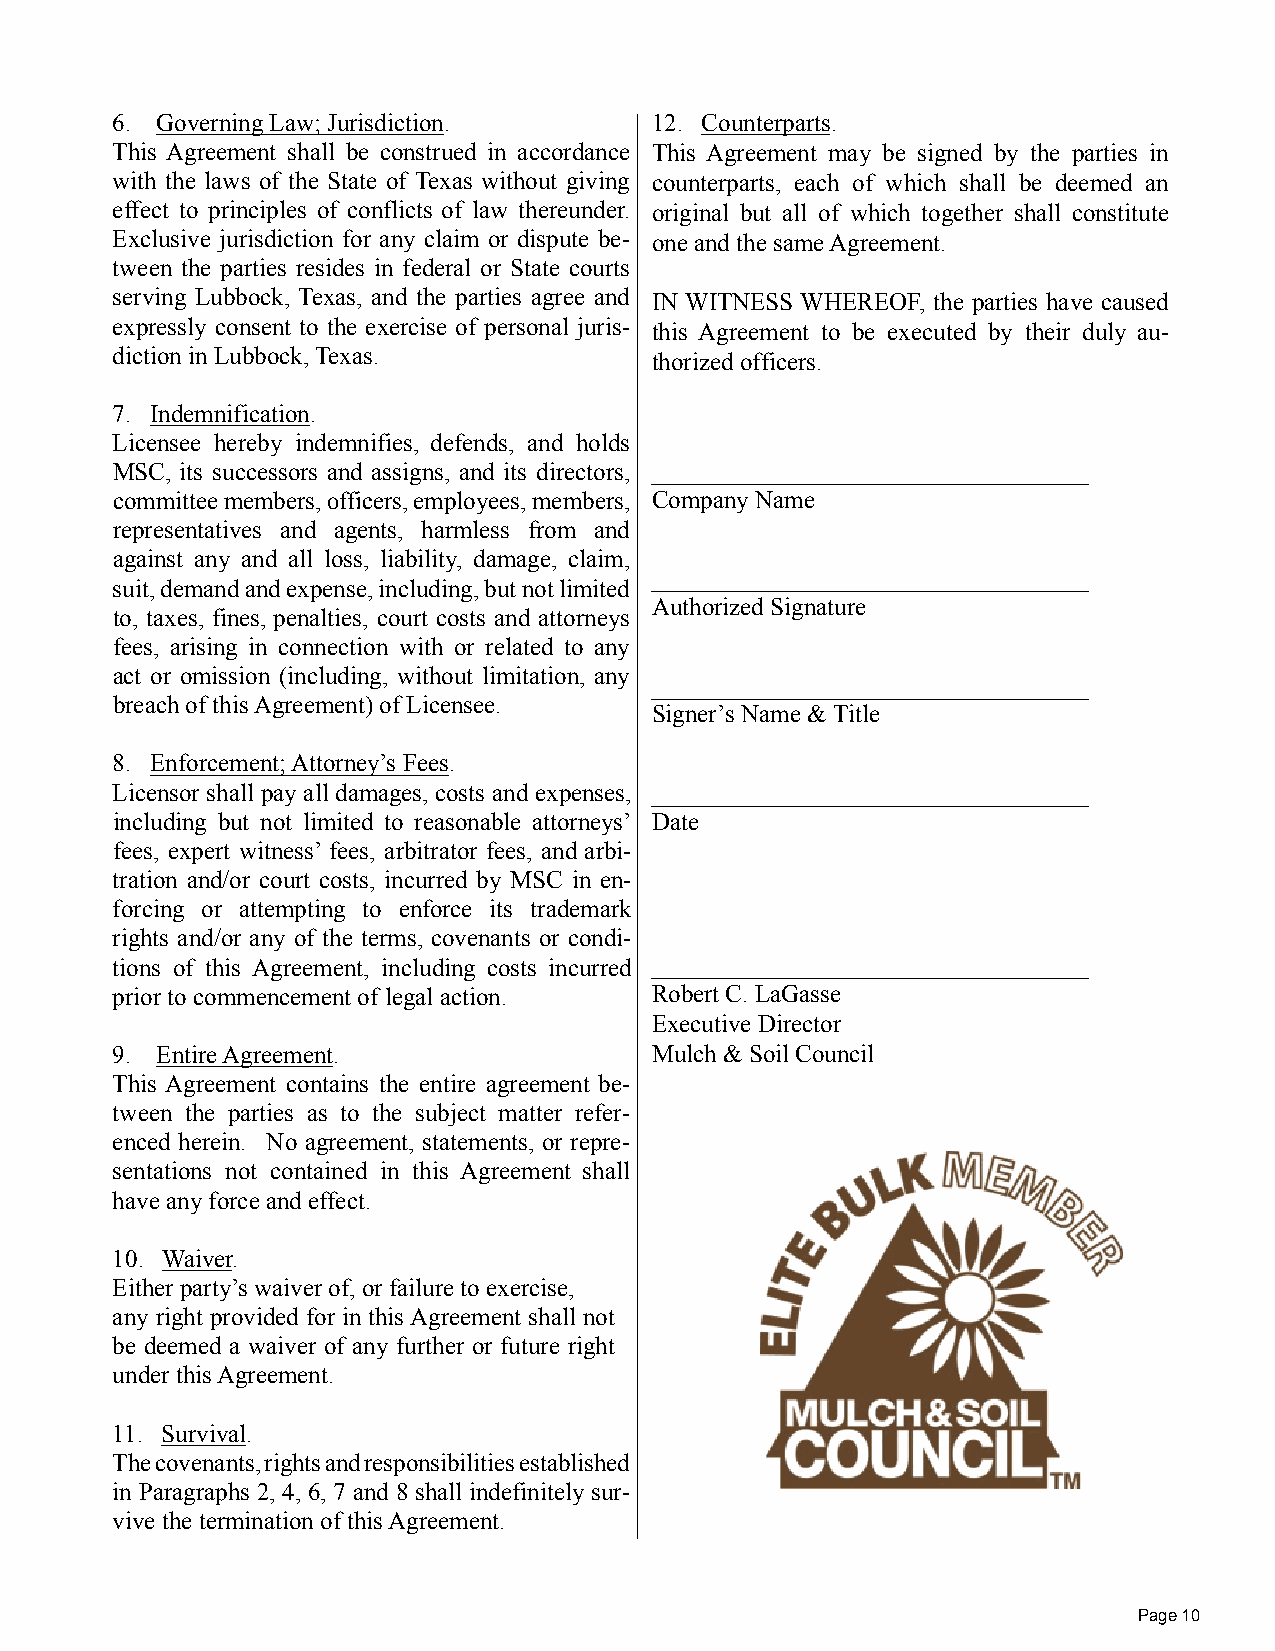
6. Governing Law; Jurisdiction.     12. Counterparts.
 This Agreement shall be construed in accordance This Agreement may be signed by the parties in
 with the laws of the State of Texas without giving counterparts, each of which shall be deemed an
 effect to principles of conflicts of law thereunder. original but all of which together shall constitute
 Exclusive jurisdiction for any claim or dispute be- one and the same Agreement.
 tween the parties resides in federal or State courts
 serving Lubbock, Texas, and the parties agree and IN WITNESS WHEREOF, the parties have caused
 expressly consent to the exercise of personal juris- this Agreement to be executed by their duly au-
 diction in Lubbock, Texas.
 thorized officers.
 7. Indemnification.
 Licensee hereby indemnifies, defends, and holds
 MSC, its successors and assigns, and its directors,
 committee members, officers, employees, members, Company Name
 representatives and agents, harmless from and
 against any and all loss, liability, damage, claim,
 suit, demand and expense, including, but not limited
 Authorized Signature
 to, taxes, fines, penalties, court costs and attorneys
 fees, arising in connection with or related to any
 act or omission (including, without limitation, any
 breach of this Agreement) of Licensee.
 Signer’s Name & Title
 8. Enforcement; Attorney’s Fees.
 Licensor shall pay all damages, costs and expenses,
 including but not limited to reasonable attorneys’ Date
 fees, expert witness’ fees, arbitrator fees, and arbi-
 tration and/or court costs, incurred by MSC in en-
 forcing or attempting to enforce its trademark
 rights and/or any of the terms, covenants or condi-
 tions of this Agreement, including costs incurred
 prior to commencement of legal action. Robert C. LaGasse
 Executive Director
 9. Entire Agreement.                Mulch & Soil Council
 This Agreement contains the entire agreement be-
 tween the parties as to the subject matter refer-
 enced herein. No agreement, statements, or repre-
 sentations not contained in this Agreement shall
 have any force and effect.
 10. Waiver.
 Either party’s waiver of, or failure to exercise,
 any right provided for in this Agreement shall not
 be deemed a waiver of any further or future right
 under this Agreement.
 11. Survival.
 The covenants, rights and responsibilities established
 in Paragraphs 2, 4, 6, 7 and 8 shall indefinitely sur-
 vive the termination of this Agreement.
 Page 10